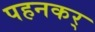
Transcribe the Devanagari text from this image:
पहनकर्